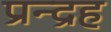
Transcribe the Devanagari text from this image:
प्रन्द्रह